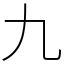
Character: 九